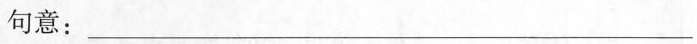
句意：___